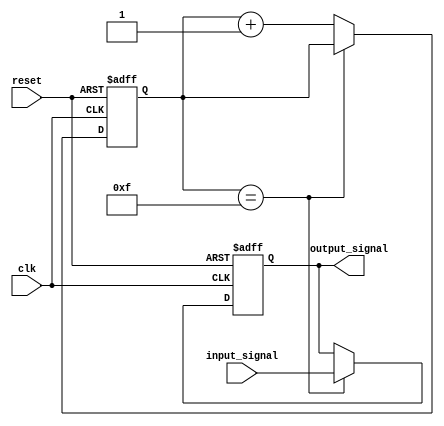
module latch_delay (
    input wire clk,
    input wire reset,
    input wire input_signal,
    output reg output_signal
);

reg [3:0] delay_counter;

always @(posedge clk or posedge reset) begin
    if (reset) begin
        delay_counter <= 4'b0;
        output_signal <= 1'b0;
    end else begin
        if (delay_counter == 4'b1111) begin
            output_signal <= input_signal;
        end else begin
            delay_counter <= delay_counter + 1;
        end
    end
end

endmodule